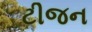
ટીજન